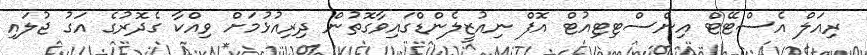
ރިއަލް އެސްޓޭޓް އިންސްޓިޓިއުޓް އޮފް ނިއުޒީލެންޑްގައިވާގޮތުން ދިރިއުޅުމަށް ވިއްކާ ގެދޮރުގެ އަގު ޖުލައި